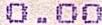
0.00